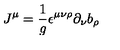
J ^ { \mu } = \frac { 1 } { g } \epsilon ^ { \mu \nu \rho } \partial _ { \nu } b _ { \rho }